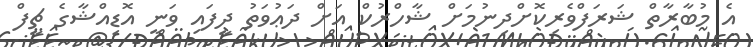
އެ މުބާރާތް ޝަރަފްވެރިކޮށްދިނުމަށް ޝާހްރުކް އަށް ދަޢުވަތު ދީފައި ވަނީ އޮޑިއްޝާގެ ޗީފް